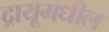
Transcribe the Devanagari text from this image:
द्रायूमधील